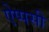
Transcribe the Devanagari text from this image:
ऐप्पसी